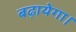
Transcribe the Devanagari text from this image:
बढ़ायेगा।